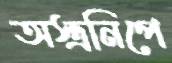
অস্ত্রনিপে